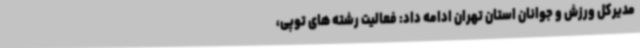
مدیرکل ورزش و جوانان استان تهران ادامه داد: فعالیت رشته های توپی،